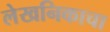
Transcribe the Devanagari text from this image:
लेखनिकाचा